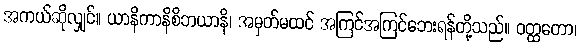
အကယ်ဆိုလျှင်။ ယာနိကာနိစိဘယာနိ၊ အမှတ်မထင် အကြင်အကြင်ဘေးရန်တို့သည်။ ဝတ္ထတော၊